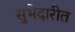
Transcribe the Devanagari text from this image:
सुभेदारीत